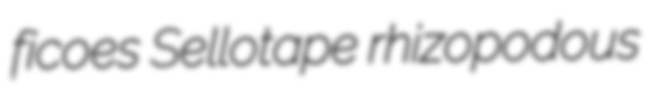
ficoes Sellotape rhizopodous